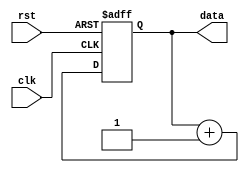
module TestModule (
    input wire clk,
    input wire rst,
    output reg [7:0] data
);

always @(posedge clk or posedge rst) begin
    if (rst) begin
        data <= 8'b0;
    end else begin
        data <= data + 1;
    end
end

endmodule